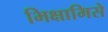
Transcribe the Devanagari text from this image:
भिक्षामिसे